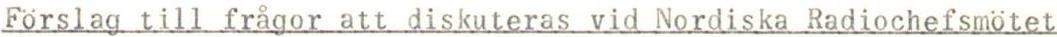
Förslag till frågor att diskuteras vid Nordiska Radiochefsmötet